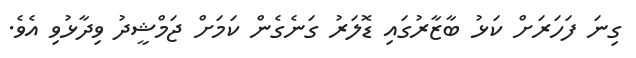
ގިނަ ފަހަރަށް ކަޅު ބާޒާރުގައި ޑޮލަރު ގަނެގެން ކަމަށް ޖަމްޝީދު ވިދާޅުވި އެވެ.